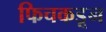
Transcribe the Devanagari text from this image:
फिचकडून